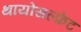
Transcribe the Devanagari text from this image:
थायोसल्फ़ेट